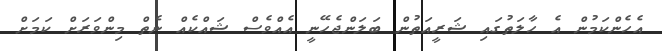
އެހެންކަމުން އެ ހާލަތުގައި ޝަރީއަތުން ބަލަންޖެހޭނީ އެއްވެސް ޝައްކެއް ނެތް މިންވަރަށް ކަމަށް